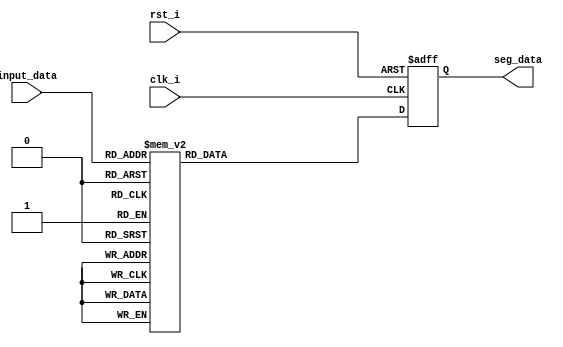
`timescale 1ns / 1ps
module digit_table 
(
    input clk_i,
    input rst_i,
    input [3:0] input_data,
    output reg [7:0] seg_data
);
    always@(posedge clk_i, posedge rst_i)begin
        if(rst_i == 1'b1)   // 0
            seg_data <= 8'b0011_1111;
        else if(clk_i == 1'b1) begin
            case(input_data)
                4'b0000: seg_data <= 8'b0011_1111;
                4'b0001: seg_data <= 8'b0000_0110;
                4'b0010: seg_data <= 8'b0101_1011;
                4'b0011: seg_data <= 8'b0100_1111;
                4'b0100: seg_data <= 8'b0110_0110;
                4'b0101: seg_data <= 8'b0110_1101;
                4'b0110: seg_data <= 8'b0111_1101;
                4'b0111: seg_data <= 8'b0000_0111;
                4'b1000: seg_data <= 8'b0111_1111;
                4'b1001: seg_data <= 8'b0110_1111;
                4'b1010: seg_data <= 8'b0111_0111;
                4'b1011: seg_data <= 8'b1111_1100;
                4'b1100: seg_data <= 8'b0101_1000;
                4'b1101: seg_data <= 8'b0101_1110;
                4'b1110: seg_data <= 8'b0111_1001;
                4'b1111: seg_data <= 8'b0111_0001;
                default: seg_data <= 8'b0000_0000;
                endcase
        end
        else;
    end
endmodule  //digit_table